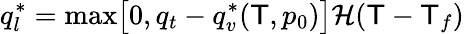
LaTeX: q_{l}^{*}=\operatorname*{max}\bigl[0,q_{t}-q_{v}^{*}(\mathsf{T},p_{0})\bigr]\mathcal{{H}}(\mathsf{T}-\mathsf{T}_{f})